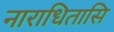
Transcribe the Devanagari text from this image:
नाराधितासि